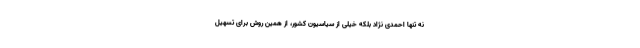
نه تنها احمدی نژاد بلکه خیلی از سیاسیون کشور، از همین روش برای تسهیل